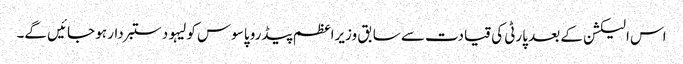
اس الیکشن کے بعد پارٹی کی قیادت سے سابق وزیراعظم پیڈرو پاسوس کولیہو دستبردار ہو جائیں گے۔